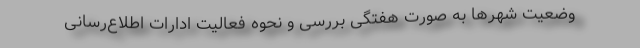
وضعیت شهرها به صورت هفتگی بررسی و نحوه فعالیت ادارات اطلاع‌رسانی